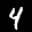
Label: 4